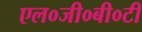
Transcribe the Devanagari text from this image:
एल०जी०बी०टी